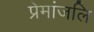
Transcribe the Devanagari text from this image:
प्रेमांजलि